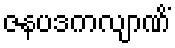
ဇနပဒကလျာဏိံ